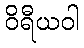
ဝိရီယဝါ